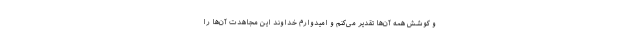
و کوشش همه آن‌ها تقدیر می‌کنم و امیدوارم خداوند این مجاهدت آن‌ها را